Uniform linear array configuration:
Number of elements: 24
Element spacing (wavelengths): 1
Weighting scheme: uniform
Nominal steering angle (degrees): -15
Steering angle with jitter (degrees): -13.851
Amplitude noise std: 0.05
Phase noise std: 0.05

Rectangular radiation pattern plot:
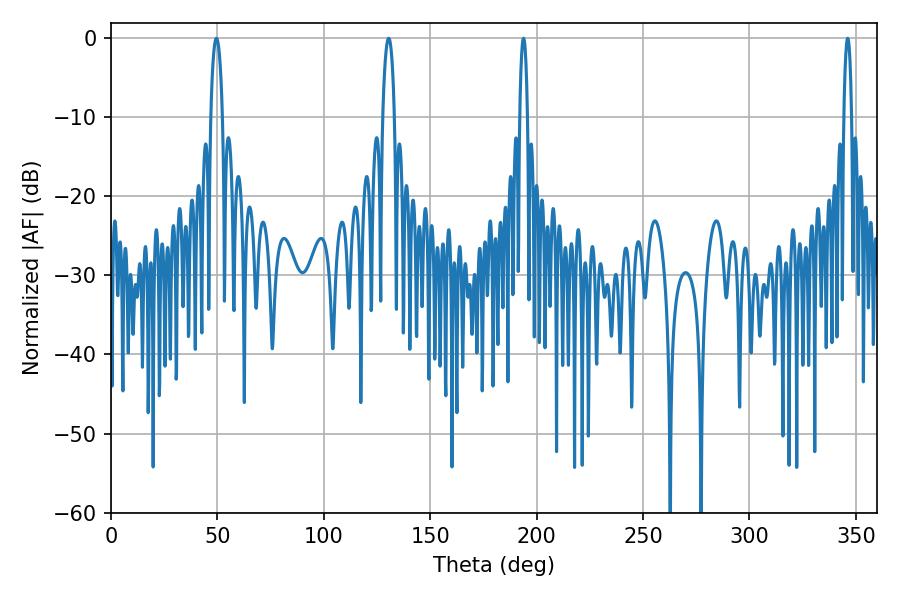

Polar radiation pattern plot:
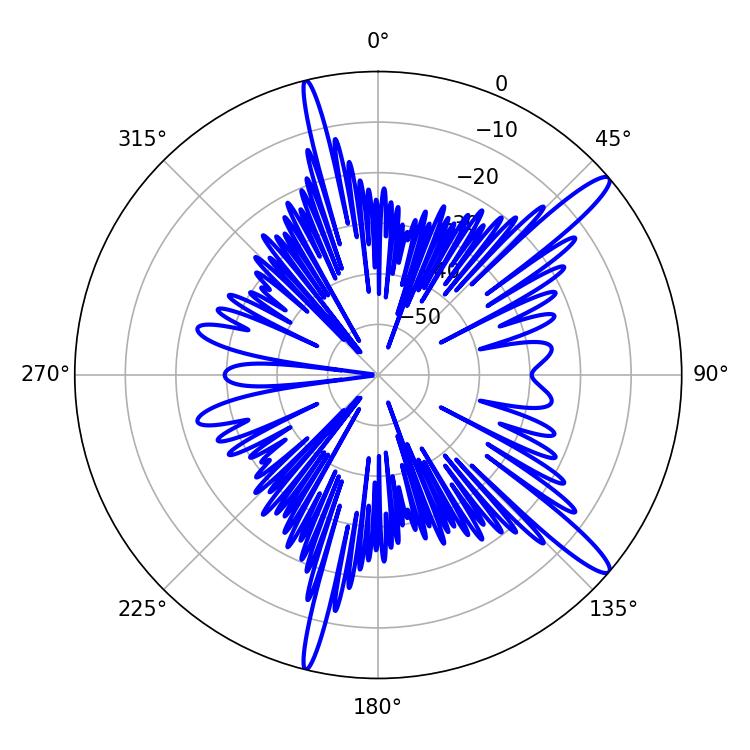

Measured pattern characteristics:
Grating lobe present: TRUE
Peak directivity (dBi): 14.199
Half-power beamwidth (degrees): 1.98
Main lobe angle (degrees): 193.86